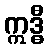
ဣဒ္ဓီ